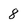
Character: 8